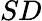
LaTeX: SD